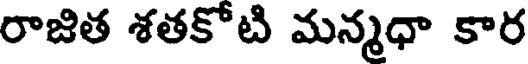
రాజిత శతకోటి మన్మధా కార